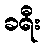
ခရီး